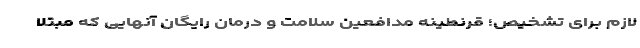
لازم برای تشخیص؛ قرنطینه مدافعین سلامت و درمان رایگان آنهایی که مبتلا